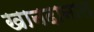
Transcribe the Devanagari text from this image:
खानदानात